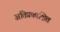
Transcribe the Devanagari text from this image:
अतिप्रकाशित